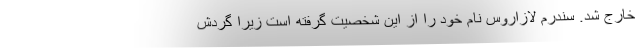
خارج شد. سندرم لازاروس نام خود را از این شخصیت گرفته است زیرا گردش